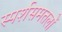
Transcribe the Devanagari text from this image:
स्पर्शसमतलों